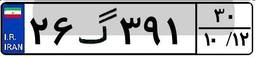
۴۷گ۰۵۸۱۶